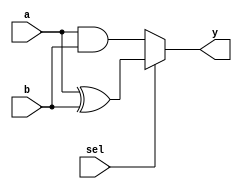
//2022-7-21,xuan zhe qi
//

module fn_sw(a,b,sel,y);

input		a;
input		b;
input		sel;
output		y;


//assign y=sel?(a^b):(a&b);

//always
reg		y;
always@(a or b or sel) begin
	if(sel==1)begin
		y<=a^b;
	end
	else begin
		y<=a&b;
	end
end
endmodule